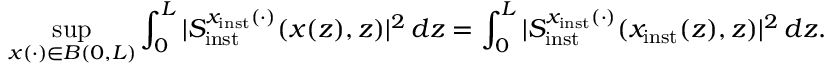
\operatorname* { s u p } _ { x ( \cdot ) \in B ( 0 , L ) } \int _ { 0 } ^ { L } \vert S _ { \mathrm { i n s t } } ^ { x _ { \mathrm { i n s t } } ( \cdot ) } ( x ( z ) , z ) \vert ^ { 2 } \, d z = \int _ { 0 } ^ { L } \vert S _ { \mathrm { i n s t } } ^ { x _ { \mathrm { i n s t } } ( \cdot ) } ( x _ { \mathrm { i n s t } } ( z ) , z ) \vert ^ { 2 } \, d z .